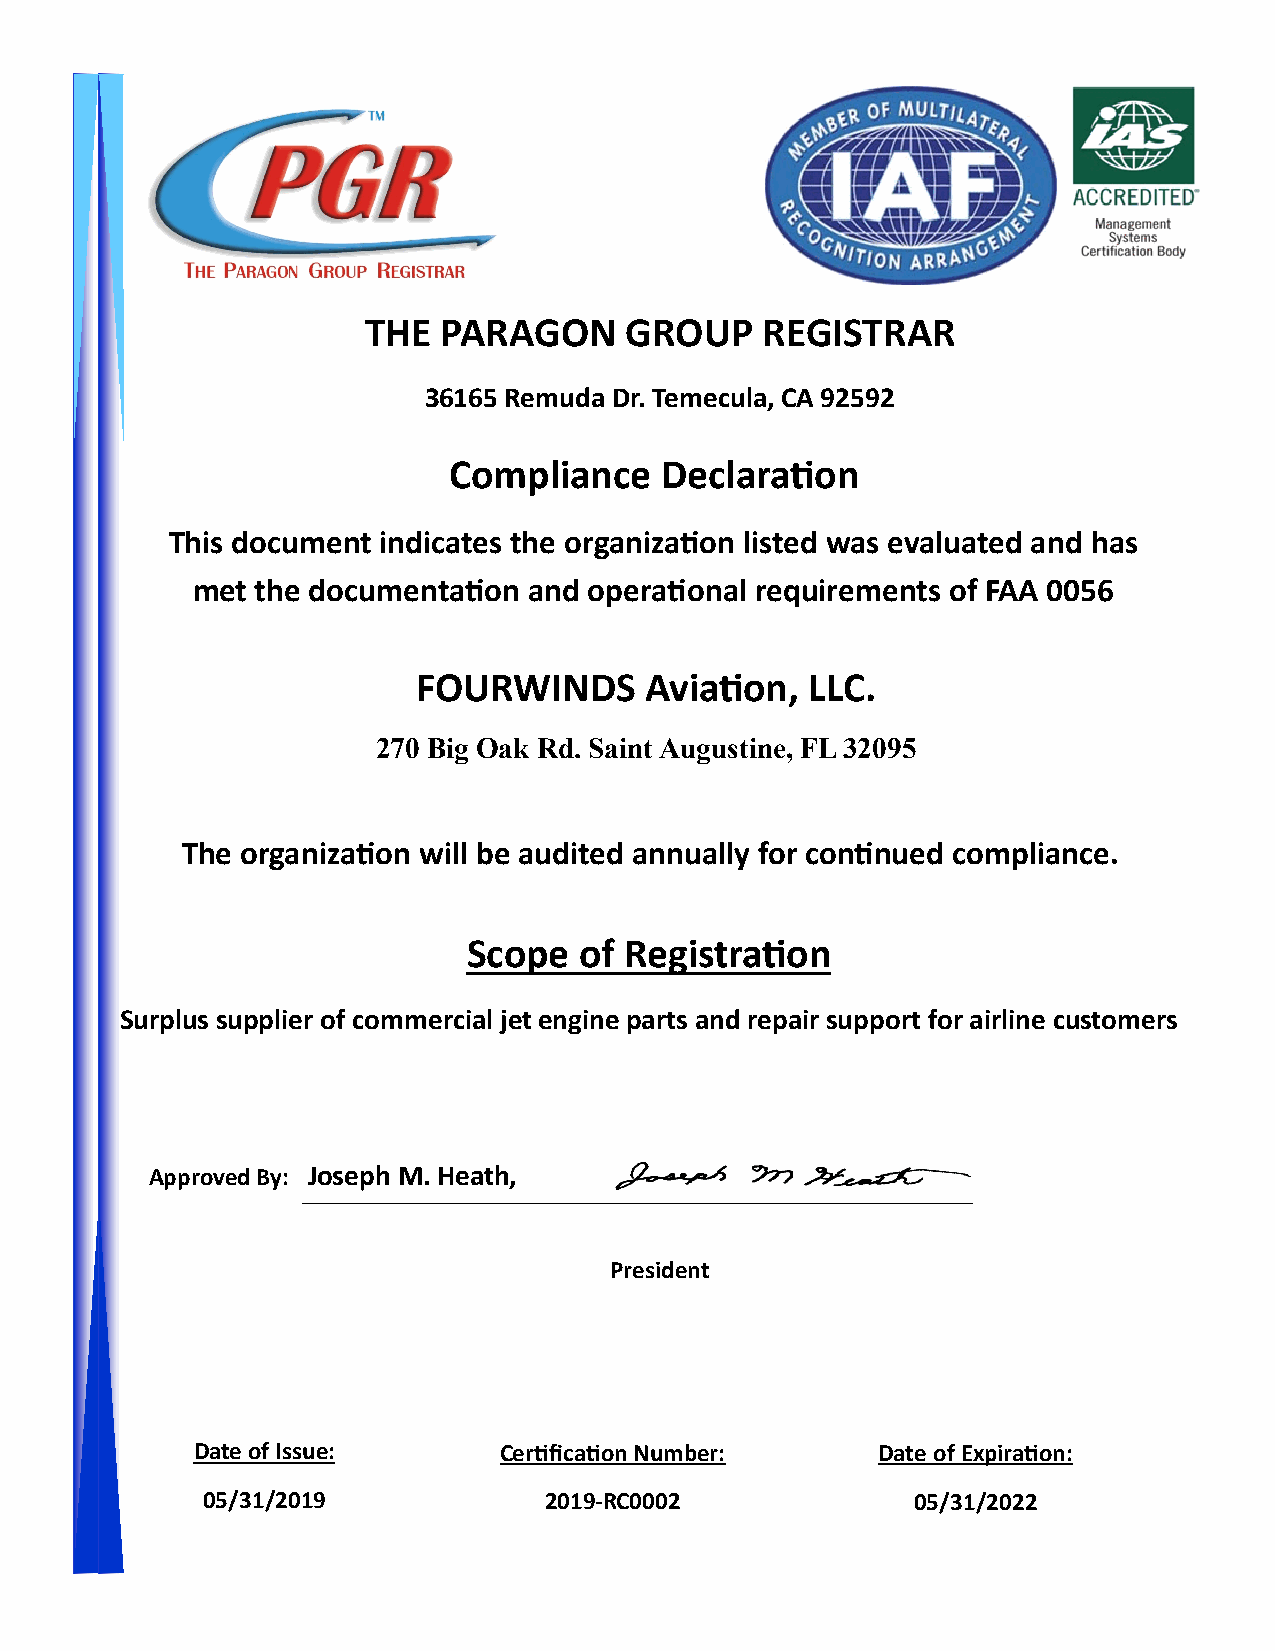
THE  PARAGON     GROUP    REGISTRAR
 36165 Remuda Dr. Temecula, CA 92592
 Compliance    Declaration
 This document indicates the organization listed was evaluated and has
 met the documentation and operational requirements of FAA 0056
 FOURWINDS      Aviation,  LLC.
 270 Big Oak Rd. Saint Augustine, FL 32095
 The organization will be audited annually for continued compliance.
 Scope  of Registration
 Surplus supplier of commercial jet engine parts and repair support for airline customers
 Approved By: Joseph M. Heath,
 President
 Date of Issue:      Certification Number:    Date of Expiration:
 05/31/2019             2019-RC0002              05/31/2022